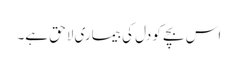
اس بچے کو دل کی بیماری لاحق ہے۔